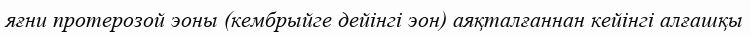
яғни протерозой эоны (кембрыйге дейінгі эон) аяқталғаннан кейінгі алғашқы